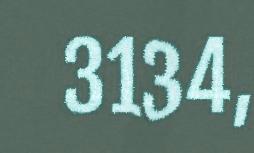
3134,